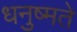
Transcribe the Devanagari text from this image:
धनुष्मते